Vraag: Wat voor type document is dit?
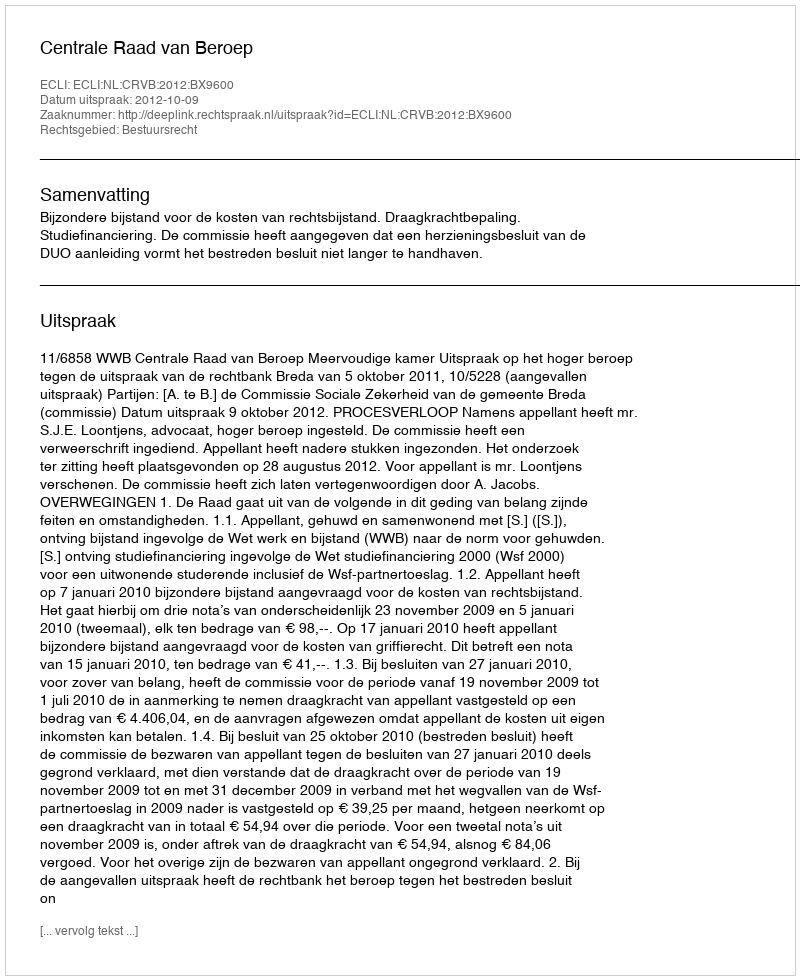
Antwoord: Uitspraak